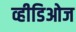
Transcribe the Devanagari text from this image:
व्हीडिओज